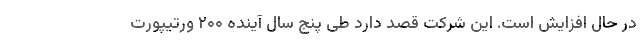
در حال افزایش است. این شرکت قصد دارد طی پنج سال آینده ۲۰۰ ورتیپورت